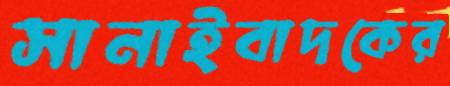
সানাইবাদকের